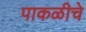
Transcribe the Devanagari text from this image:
पाकळीचे